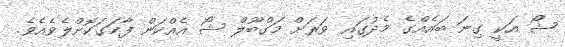
ޝޯ އަކީ ގިނަަ ބައެއްގެ މެދުގައި ވަރަށް މަގްބޫލް ޝޯ އެއްކަން ފާހަގަކޮށްލެވެއެވެ.